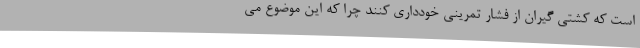
است که کشتی گیران از فشار تمرینی خودداری کنند چرا که این موضوع می